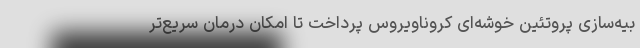
بیه‌سازی پروتئین خوشه‌ای کروناویروس پرداخت تا امکان درمان سریع‌تر